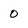
Character: 0